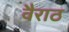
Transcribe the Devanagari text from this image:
वैराठ